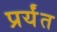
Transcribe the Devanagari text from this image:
प्रर्यंत